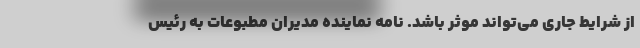
از شرایط جاری می‌تواند موثر باشد. نامه نماینده مدیران مطبوعات به رئیس